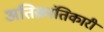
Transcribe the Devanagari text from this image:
अतिक्रांतिकारी